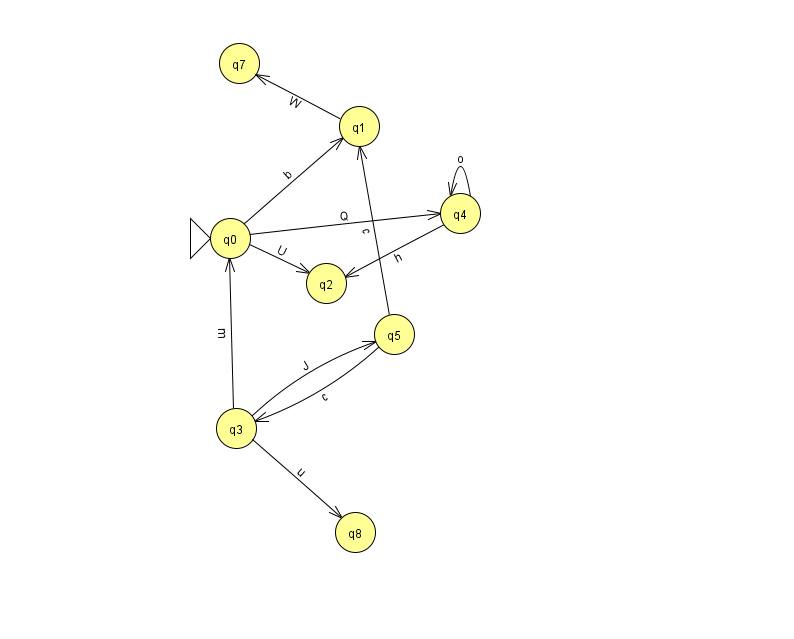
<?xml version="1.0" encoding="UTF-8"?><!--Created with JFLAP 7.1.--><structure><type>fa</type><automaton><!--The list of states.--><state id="0" name="q0"><x>230.0</x><y>225.0</y><initial/></state><state id="1" name="q1"><x>359.0</x><y>113.0</y></state><state id="2" name="q2"><x>326.0</x><y>270.0</y></state><state id="3" name="q3"><x>236.0</x><y>415.0</y></state><state id="4" name="q4"><x>460.0</x><y>200.0</y></state><state id="5" name="q5"><x>394.0</x><y>321.0</y></state><state id="7" name="q7"><x>239.0</x><y>50.0</y></state><state id="8" name="q8"><x>355.0</x><y>519.0</y></state><!--The list of transitions.--><transition><from>0</from><to>4</to><read>Q</read></transition><transition><from>5</from><to>3</to><read>c</read></transition><transition><from>4</from><to>2</to><read>h</read></transition><transition><from>0</from><to>1</to><read>b</read></transition><transition><from>5</from><to>1</to><read>c</read></transition><transition><from>3</from><to>8</to><read>u</read></transition><transition><from>1</from><to>7</to><read>W</read></transition><transition><from>0</from><to>2</to><read>U</read></transition><transition><from>3</from><to>5</to><read>J</read></transition><transition><from>3</from><to>0</to><read>m</read></transition><transition><from>4</from><to>4</to><read>o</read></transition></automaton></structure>